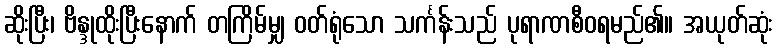
ဆိုးပြီး၊ ဗိန္ဒုထိုးပြီးနောက် တကြိမ်မျှ ဝတ်ရုံသော သင်္ကန်းသည် ပုရာဏစီဝရမည်၏။ အယုတ်ဆုံး